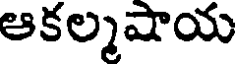
ఆకల్మషాయ